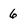
Character: 6